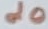
Text: d0